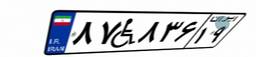
۸۷W۸۳۶۱۹